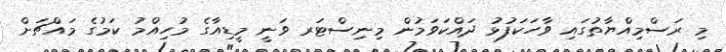
މި ރަސްމިއްޔާތުގައި ވާހަކަފުޅު ދައްކަވަމުން މިނިސްޓަރ ވަނީ މީޑިއާގެ މުހިއްމު ކަމުގެ މައްޗަށް